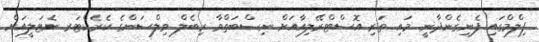
ފިލްމްގައި ފެނިގެންދާނީ މައި ތަރި އޮސްޓްރޭލިއާއަށް ނިސްބަތްވާ ރިބެލް ވިލްސަންގެ ކެރެކްޓަރ ނެޓަލީއަށް